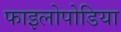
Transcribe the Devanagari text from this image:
फाइलोपोडिया